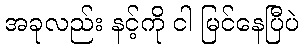
အခုလည်း နင့်ကို ငါ မြင်နေပြီပဲ